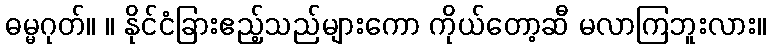
ဓမ္မဂုတ်။ ။ နိုင်ငံခြားဧည့်သည်များကော ကိုယ်တော့ဆီ မလာကြဘူးလား။